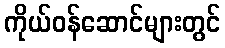
ကိုယ်ဝန်ဆောင်များတွင်